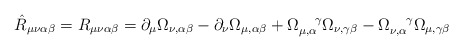
\begin{align*}\hat{R}_{\mu\nu\alpha\beta}=R_{\mu\nu\alpha\beta}= \partial_\mu\Omega_{\nu,\alpha\beta}-\partial_\nu\Omega_{\mu,\alpha\beta}+\Omega_{\mu,\alpha}^{\ \ \ \gamma}\Omega_{\nu,\gamma\beta}-\Omega_{\nu,\alpha}^{\ \ \ \gamma}\Omega_{\mu,\gamma\beta}\hskip1.5cm\end{align*}